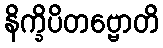
နိက္ခိပိတဗ္ဗောတိ